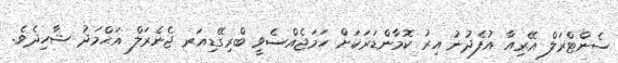
ސެންޓްރަލް އޭރިއާ އުފެދުނު އިރު ކޮމާންޑަރަކަށް ހަމަޖެއްސެވީ ބްރިގޭޑިއަރ ޖެނެރަލް އަޙްމަދު ޝާހިދެވެ.